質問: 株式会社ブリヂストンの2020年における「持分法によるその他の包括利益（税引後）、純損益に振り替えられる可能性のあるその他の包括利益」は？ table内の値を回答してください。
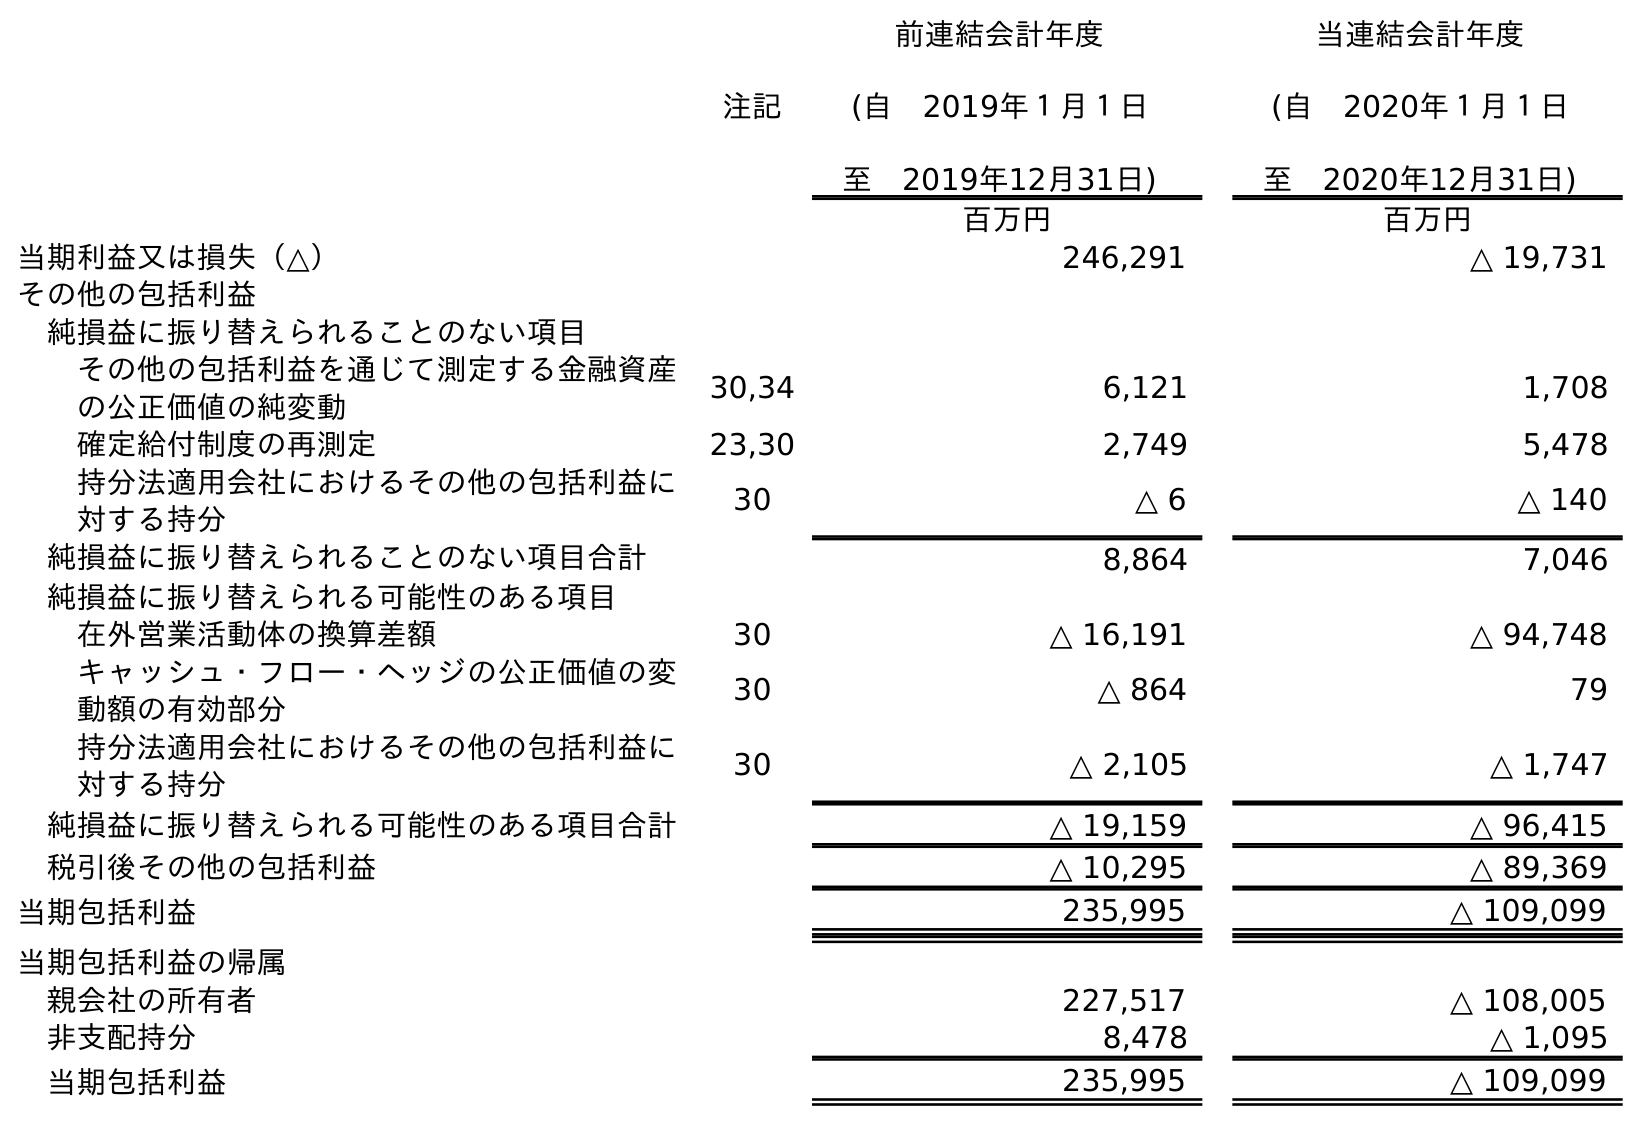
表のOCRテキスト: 注記 前連結会計年度 (自 2019年１月１日 至 2019年12月31日) 当連結会計年度 (自 2020年１月１日 至 2020年12月31日) 百万円 百万円 当期利益又は損失（△） 246,291 △ 19,731 その他の包括利益 純損益に振り替えられることのない項目 その他の包括利益を通じて測定する金融資産 の公正価値の純変動 30,34 6,121 1,708 確定給付制度の再測定 23,30 2,749 5,478 持分法適用会社におけるその他の包括利益に 対する持分 30 △ 6 △ 140 純損益に振り替えられることのない項目合計 8,864 7,046 純損益に振り替えられる可能性のある項目 在外営業活動体の換算差額 30 △ 16,191 △ 94,748 キャッシュ・フロー・ヘッジの公正価値の変 動額の有効部分 30 △ 864 79 持分法適用会社におけるその他の包括利益に 対する持分 30 △ 2,105 △ 1,747 純損益に振り替えられる可能性のある項目合計 △ 19,159 △ 96,415 税引後その他の包括利益 △ 10,295 △ 89,369 当期包括利益 235,995 △ 109,099 当期包括利益の帰属 親会社の所有者 227,517 △ 108,005 非支配持分 8,478 △ 1,095 当期包括利益 235,995 △ 109,099
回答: △1,747